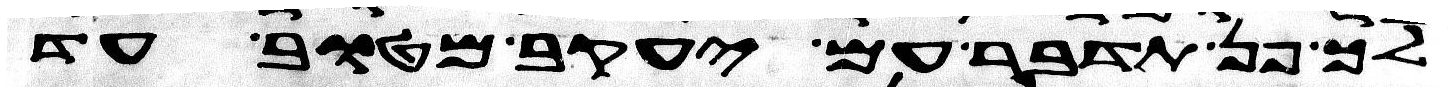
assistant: לך פן תדבר עם יעקב מטוב עד